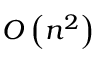
O \left( n ^ { 2 } \right)